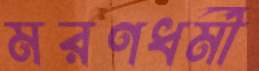
মরণধর্মী